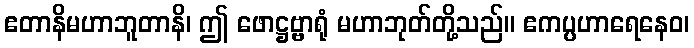
ဧတာနိမဟာဘူတာနိ၊ ဤ ဖောဋ္ဌဗ္ဗာရုံ မဟာဘုတ်တို့သည်။ ဧကပ္ပဟာရေနေဝ၊